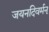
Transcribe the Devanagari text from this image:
जयनदिवर्मन्